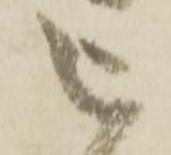
被